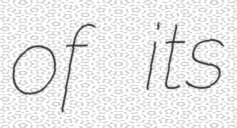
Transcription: of its